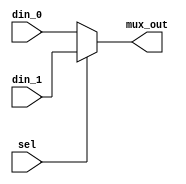
module  mux2to1(din_0,din_1, sel,mux_out);

input [31:0]din_0, din_1;
input sel ;
output [31:0]mux_out;

assign mux_out = (sel) ? din_1 : din_0;

endmodule //End Of Module mux